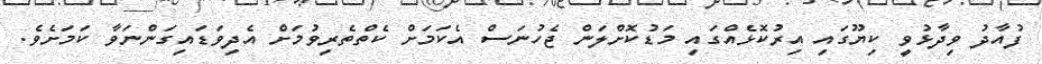
ފުއާދު ވިދާޅުވީ ކިޔޫގައި އިރުކޮޅެއްގައި މަޑުކޮށްލަން ޖެހުނަސް އެކަމަށް ކެތްތެރިވުމަށް އެދިވަޑައިގަންނަވާ ކަމަށެވެ.